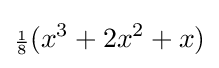
{\scriptstyle {\frac {1}{8}}}(x^{3}+2x^{2}+x)